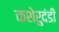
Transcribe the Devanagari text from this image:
कशेरुदंडी